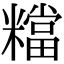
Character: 𥼽